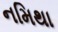
નમિથા